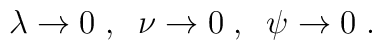
\lambda\rightarrow 0 \; , \;\;\nu\rightarrow 0 \; , \;\;\psi\rightarrow 0 \; .